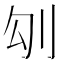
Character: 𠚸